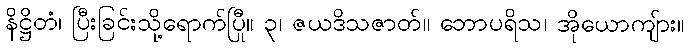
နိဋ္ဌိတံ၊ ပြီးခြင်းသို့ရောက်ပြီ။ ၃၊ ဇယဒိသဇာတ်။ ဘောပုရိသ၊ အိုယောကျ်ား။